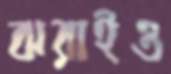
ঝরাইও